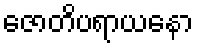
ဇောတိပရာယနော